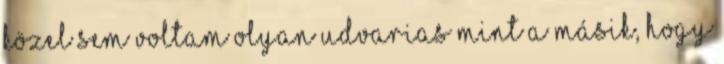
közel sem voltam olyan udvarias mint a másik, hogy